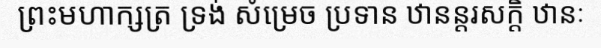
ព្រះមហាក្សត្រ ទ្រង់ សំម្រេច ប្រទាន ឋានន្តរសក្តិ ឋានៈ